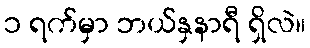
၁ ရက်မှာ ဘယ်နှနာရီ ရှိလဲ။